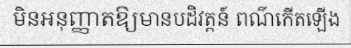
មិនអនុញ្ញាតឱ្យមានបដិវត្តន៍ ពណ៌កើតឡើង